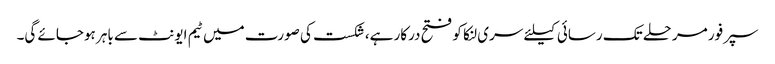
سپرفور مرحلے تک رسائی کیلئے سری لنکا کو فتح درکار ہے،شکست کی صورت میں ٹیم ایونٹ سے باہر ہوجائے گی۔